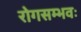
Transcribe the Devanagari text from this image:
रोगसम्भवः